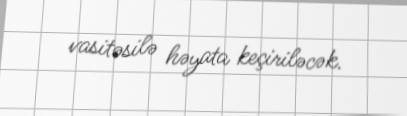
vasitəsilə həyata keçiriləcək.